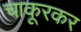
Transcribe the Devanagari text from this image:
चाकूरकर